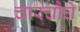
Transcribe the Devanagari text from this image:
चारचौघे